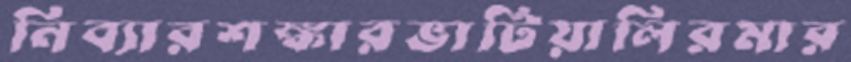
নিব্যারশঙ্কারভাটিয়ালিরমার